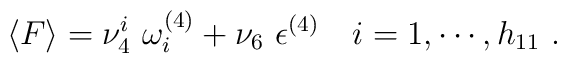
\langle F\rangle = \nu^i_4\ \omega^{(4)}_i + \nu_6\ {\epsilon}^{(4)}\quad i=1,\cdots, h_{11}\ .